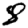
Digit: 8